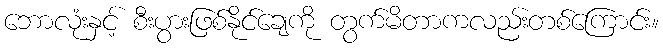
ဘောလုံးနှင့် စီးပွားဖြစ်နိုင်ချေကို တွက်မိတာကလည်းတစ်ကြောင်း။